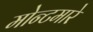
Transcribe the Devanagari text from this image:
मोन्टमारे